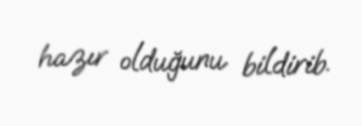
hazır olduğunu bildirib.